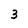
Character: 3